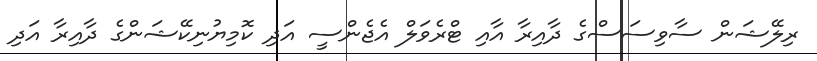
ރިލޭޝަން ސާވިސަސްގެ ދާއިރާ އާއި ޓްރެވަލް އެޖެންސީ އަދި ކޮމިޔުނިކޭޝަންގެ ދާއިރާ އަދި